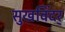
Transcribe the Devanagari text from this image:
सुखविंदर्